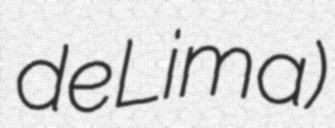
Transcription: de Lima)